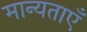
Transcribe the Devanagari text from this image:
मान्‍यताएँ